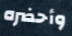
وأحضره